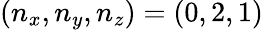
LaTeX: (n_{x},n_{y},n_{z})=(0,2,1)